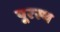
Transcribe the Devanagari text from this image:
पूरस्थ